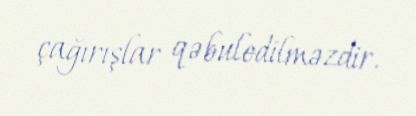
çağırışlar qəbuledilməzdir.